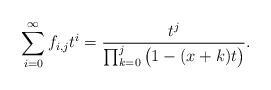
\begin{align*}\sum_{i=0}^{\infty}f_{i,j}t^i=\frac{t^j}{\prod_{k=0}^{j}\big(1-(x+k)t\big)}.\end{align*}